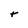
Character: t